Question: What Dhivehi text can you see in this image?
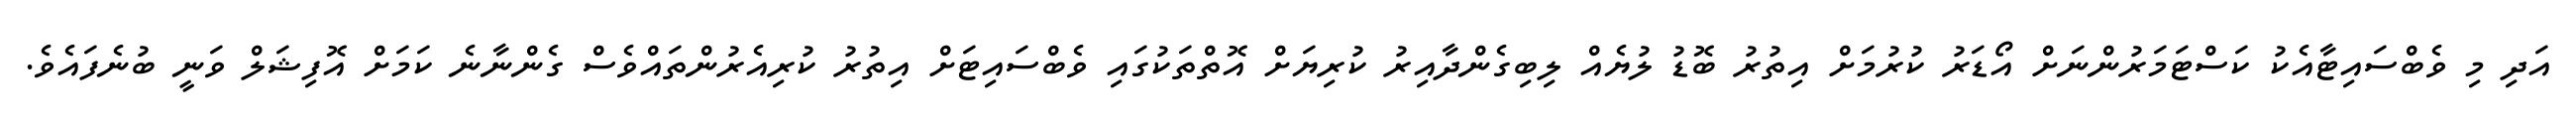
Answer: އަދި މި ވެބްސައިޓާއެކު ކަސްޓަމަރުންނަށް އޯޑަރު ކުރުމަށް އިތުރު ބޮޑު ލުޔެއް ލިބިގެންދާއިރު ކުރިޔަށް އޮތްތަކުގައި ވެބްސައިޓަށް އިތުރު ކުރިއެރުންތައްވެސް ގެންނާނެ ކަމަށް އޮފިޝަލް ވަނީ ބުނެފައެވެ.